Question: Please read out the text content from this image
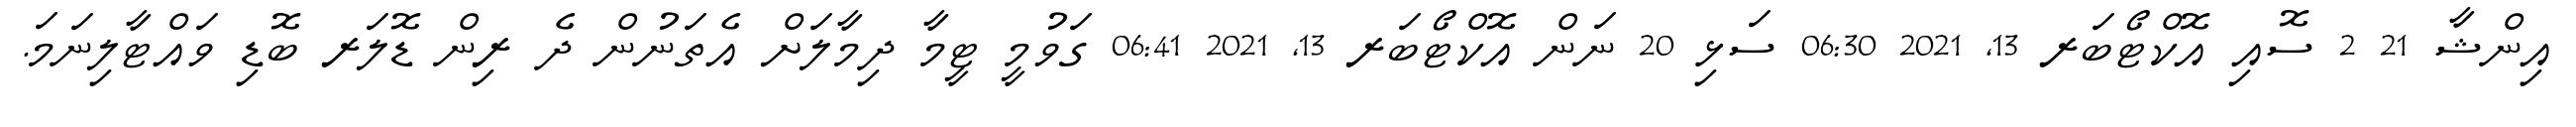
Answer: އިންޝާ 21 2 ސޮއި އޮކްޓޯބަރ 13, 2021 06:30 ސަޅި 20 ނަން އޮކްޓޯބަރ 13, 2021 06:41 ގަވުމީ ޓީމާ ދިމާލަށް އެތަނުން ދެ ރިން ޑޮލަރ ބޮޑި ވައްޓާލިނަމަ.